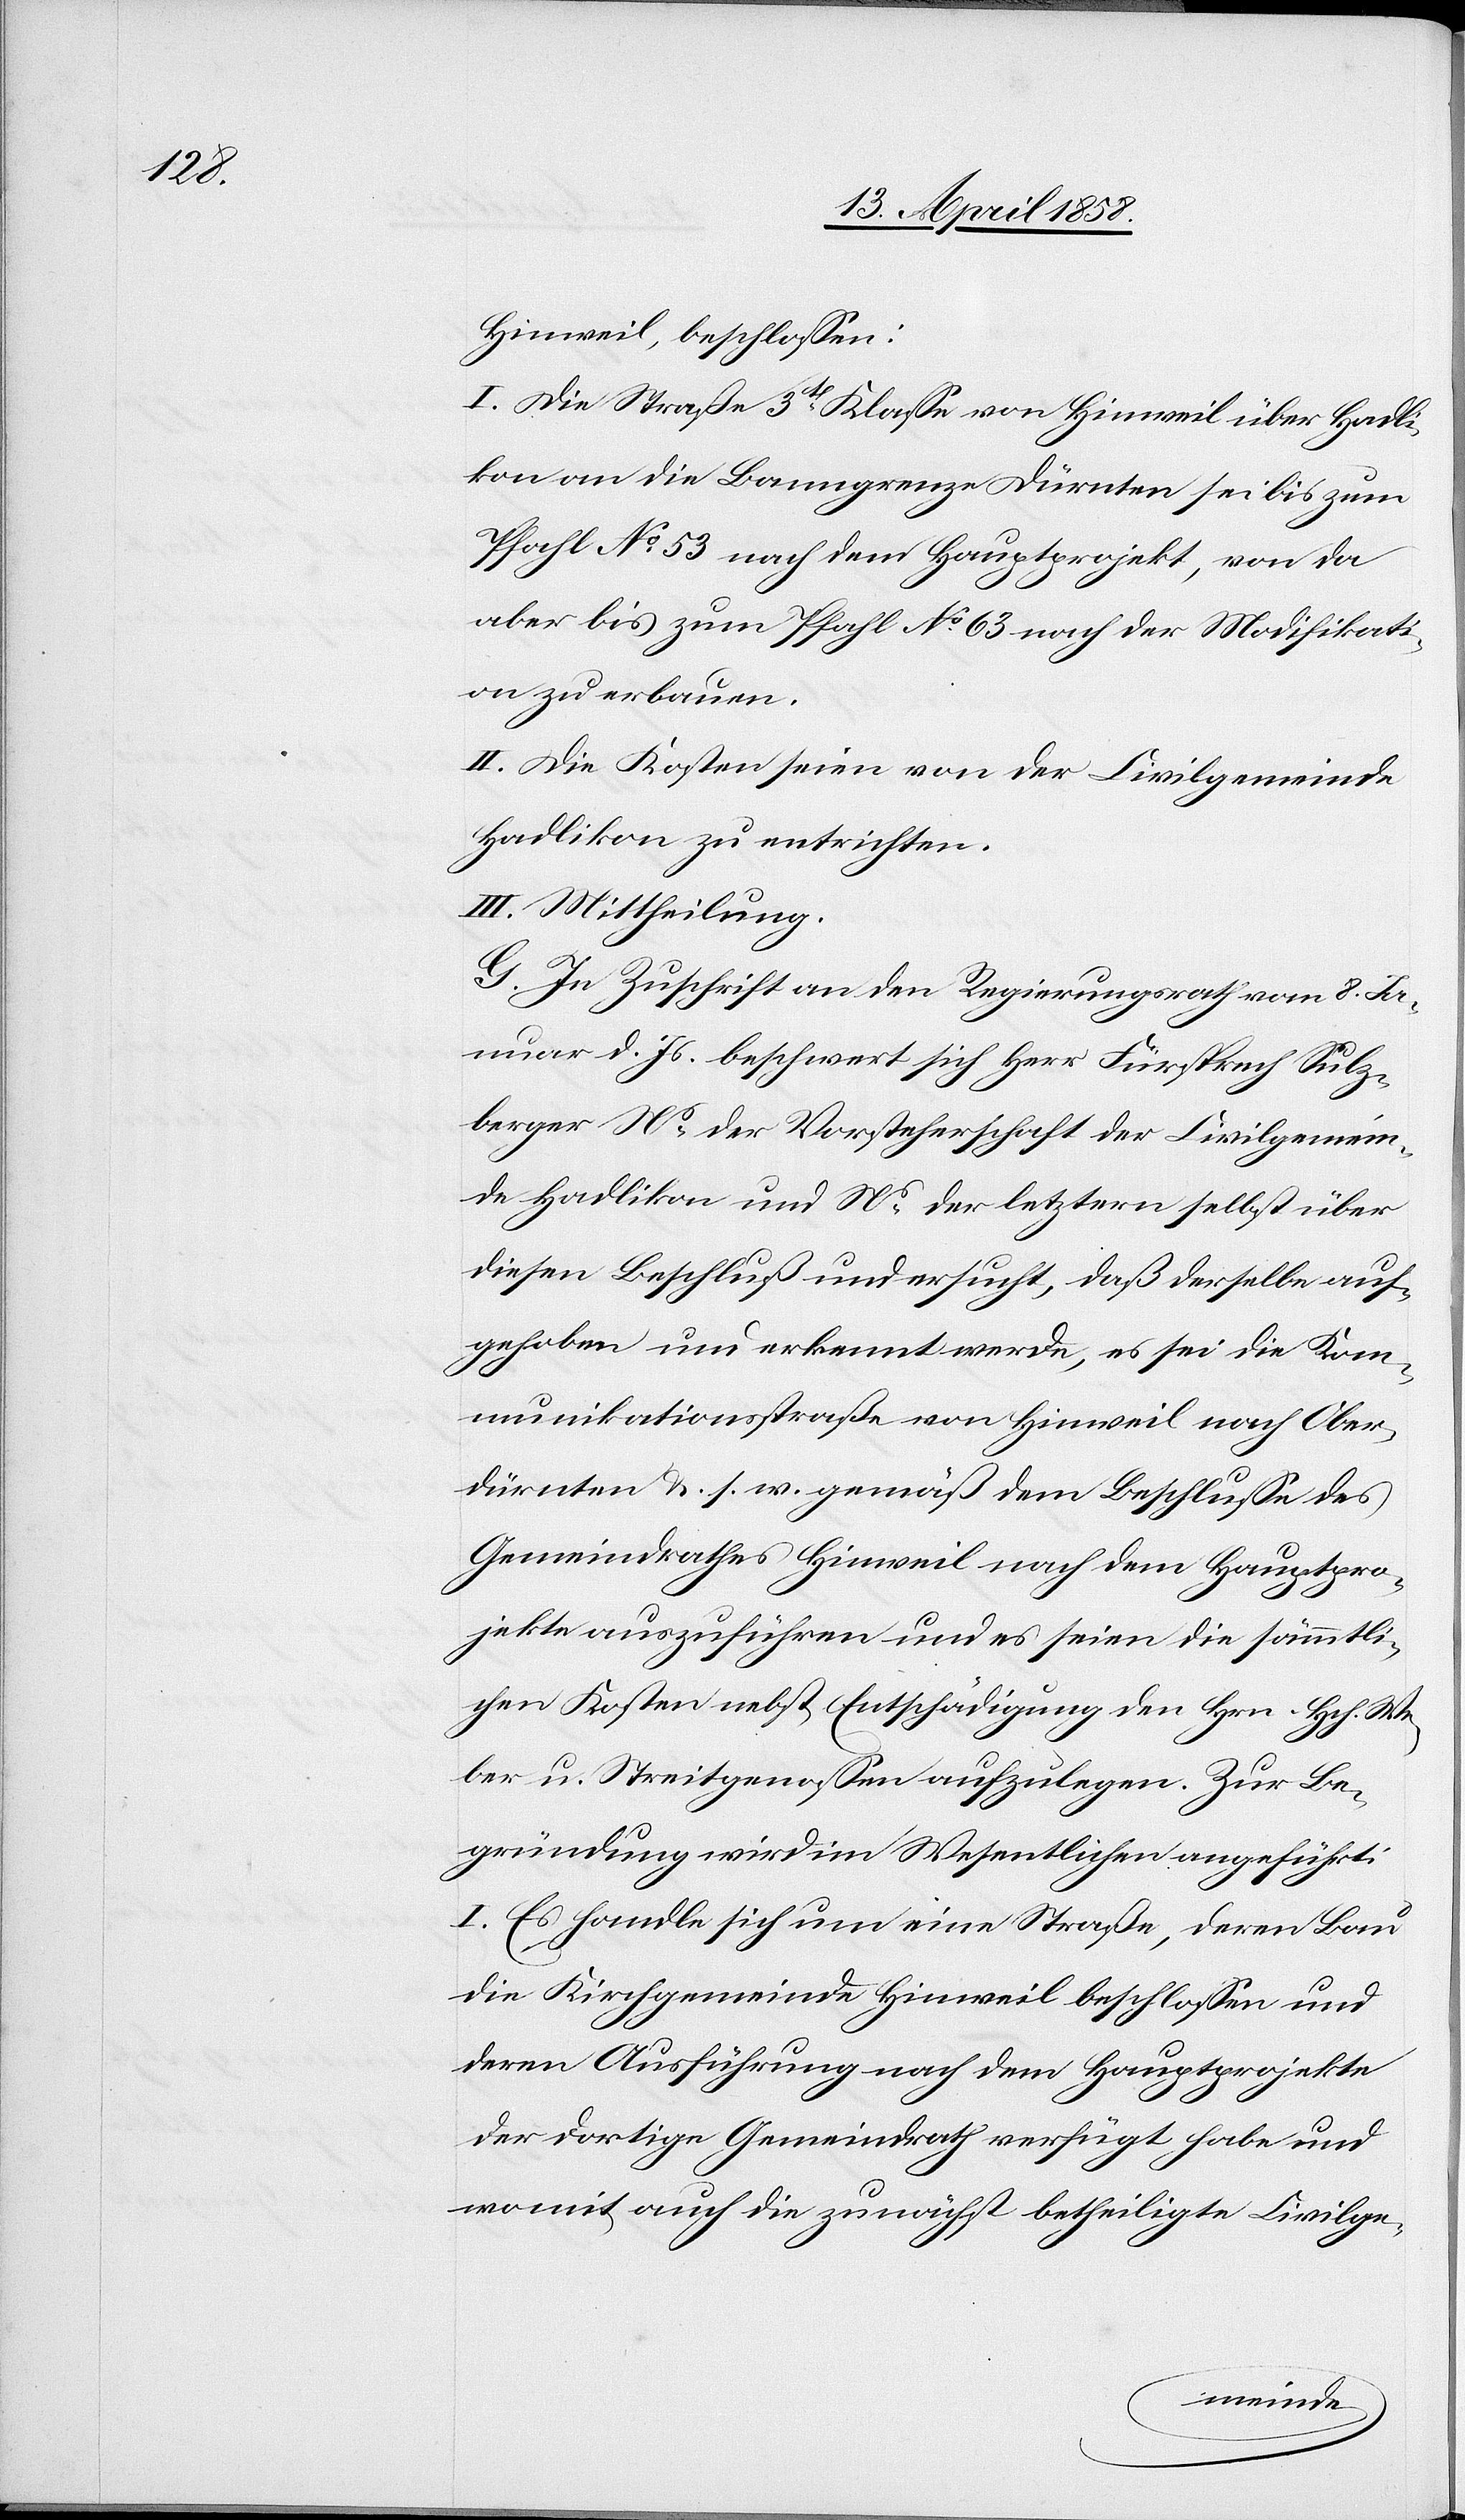
Hinweil, beschlossen:
I. Die Straße 3te Klasse von Hinweil über Hadli¬
kon an die Banngrenze Dürnten sei bis zum
Pfahl No 53 nach dem Hauptprojekt, von da
aber bis zum Pfahl No 63 nach der Modifikati¬
on zu erbauen.
II. Die Kosten seien von der Civilgemeinde
Hadlikon zu entrichten.
III. Mittheilung.
G. In Zuschrift an den Regierungsrath vom 8. Ja¬
nuar d. s. beschwert sich Herr Fürsprech Sulz¬
berger Ns der Vorsteherschaft der Civilgemein¬
de Hadlikon und Ns der letztern selbst über
diesen Beschluß und ersucht, daß derselbe auf¬
gehoben und erkennt werde, es sei die Kom¬
munikationsstraße von Hinweil nach Ober¬
dürnten u. s. w. gemäß dem Beschlusse des
Gemeindrathes Hinweil nach dem Hauptpro¬
jekte auszuführen und es seien die sämmtli¬
chen Kosten nebst Entschädigung den Hrn. Hch. We¬
ber u. Streitgenossen aufzulegen. Zur Be¬
gründung wird im Wesentlichen angeführt:
I. Es handle sich um eine Straße, deren Bau
die Kirchgemeinde Hinweil beschlossen und
deren Ausführung nach dem Hauptprojekte
der dortige Gemeindrath verfügt habe und
womit auch die zunächst betheiligte Civilge-